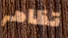
تظاهر